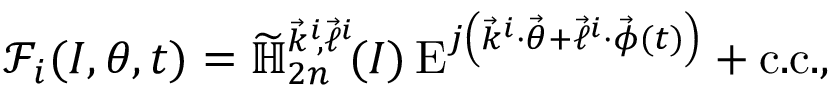
\mathcal { F } _ { i } ( \boldsymbol { I } , \boldsymbol { \theta } , t ) = \widetilde { \mathbb { H } } _ { 2 n } ^ { \vec { k } ^ { i } \! , \vec { \ell } ^ { i } } \! ( \boldsymbol { I } ) \, \mathrm { E } ^ { j \left( \vec { k } ^ { i } \cdot \vec { \theta } + \vec { \ell } ^ { i } \cdot \vec { \phi } ( t ) \right) } + \mathrm { c . c . } ,